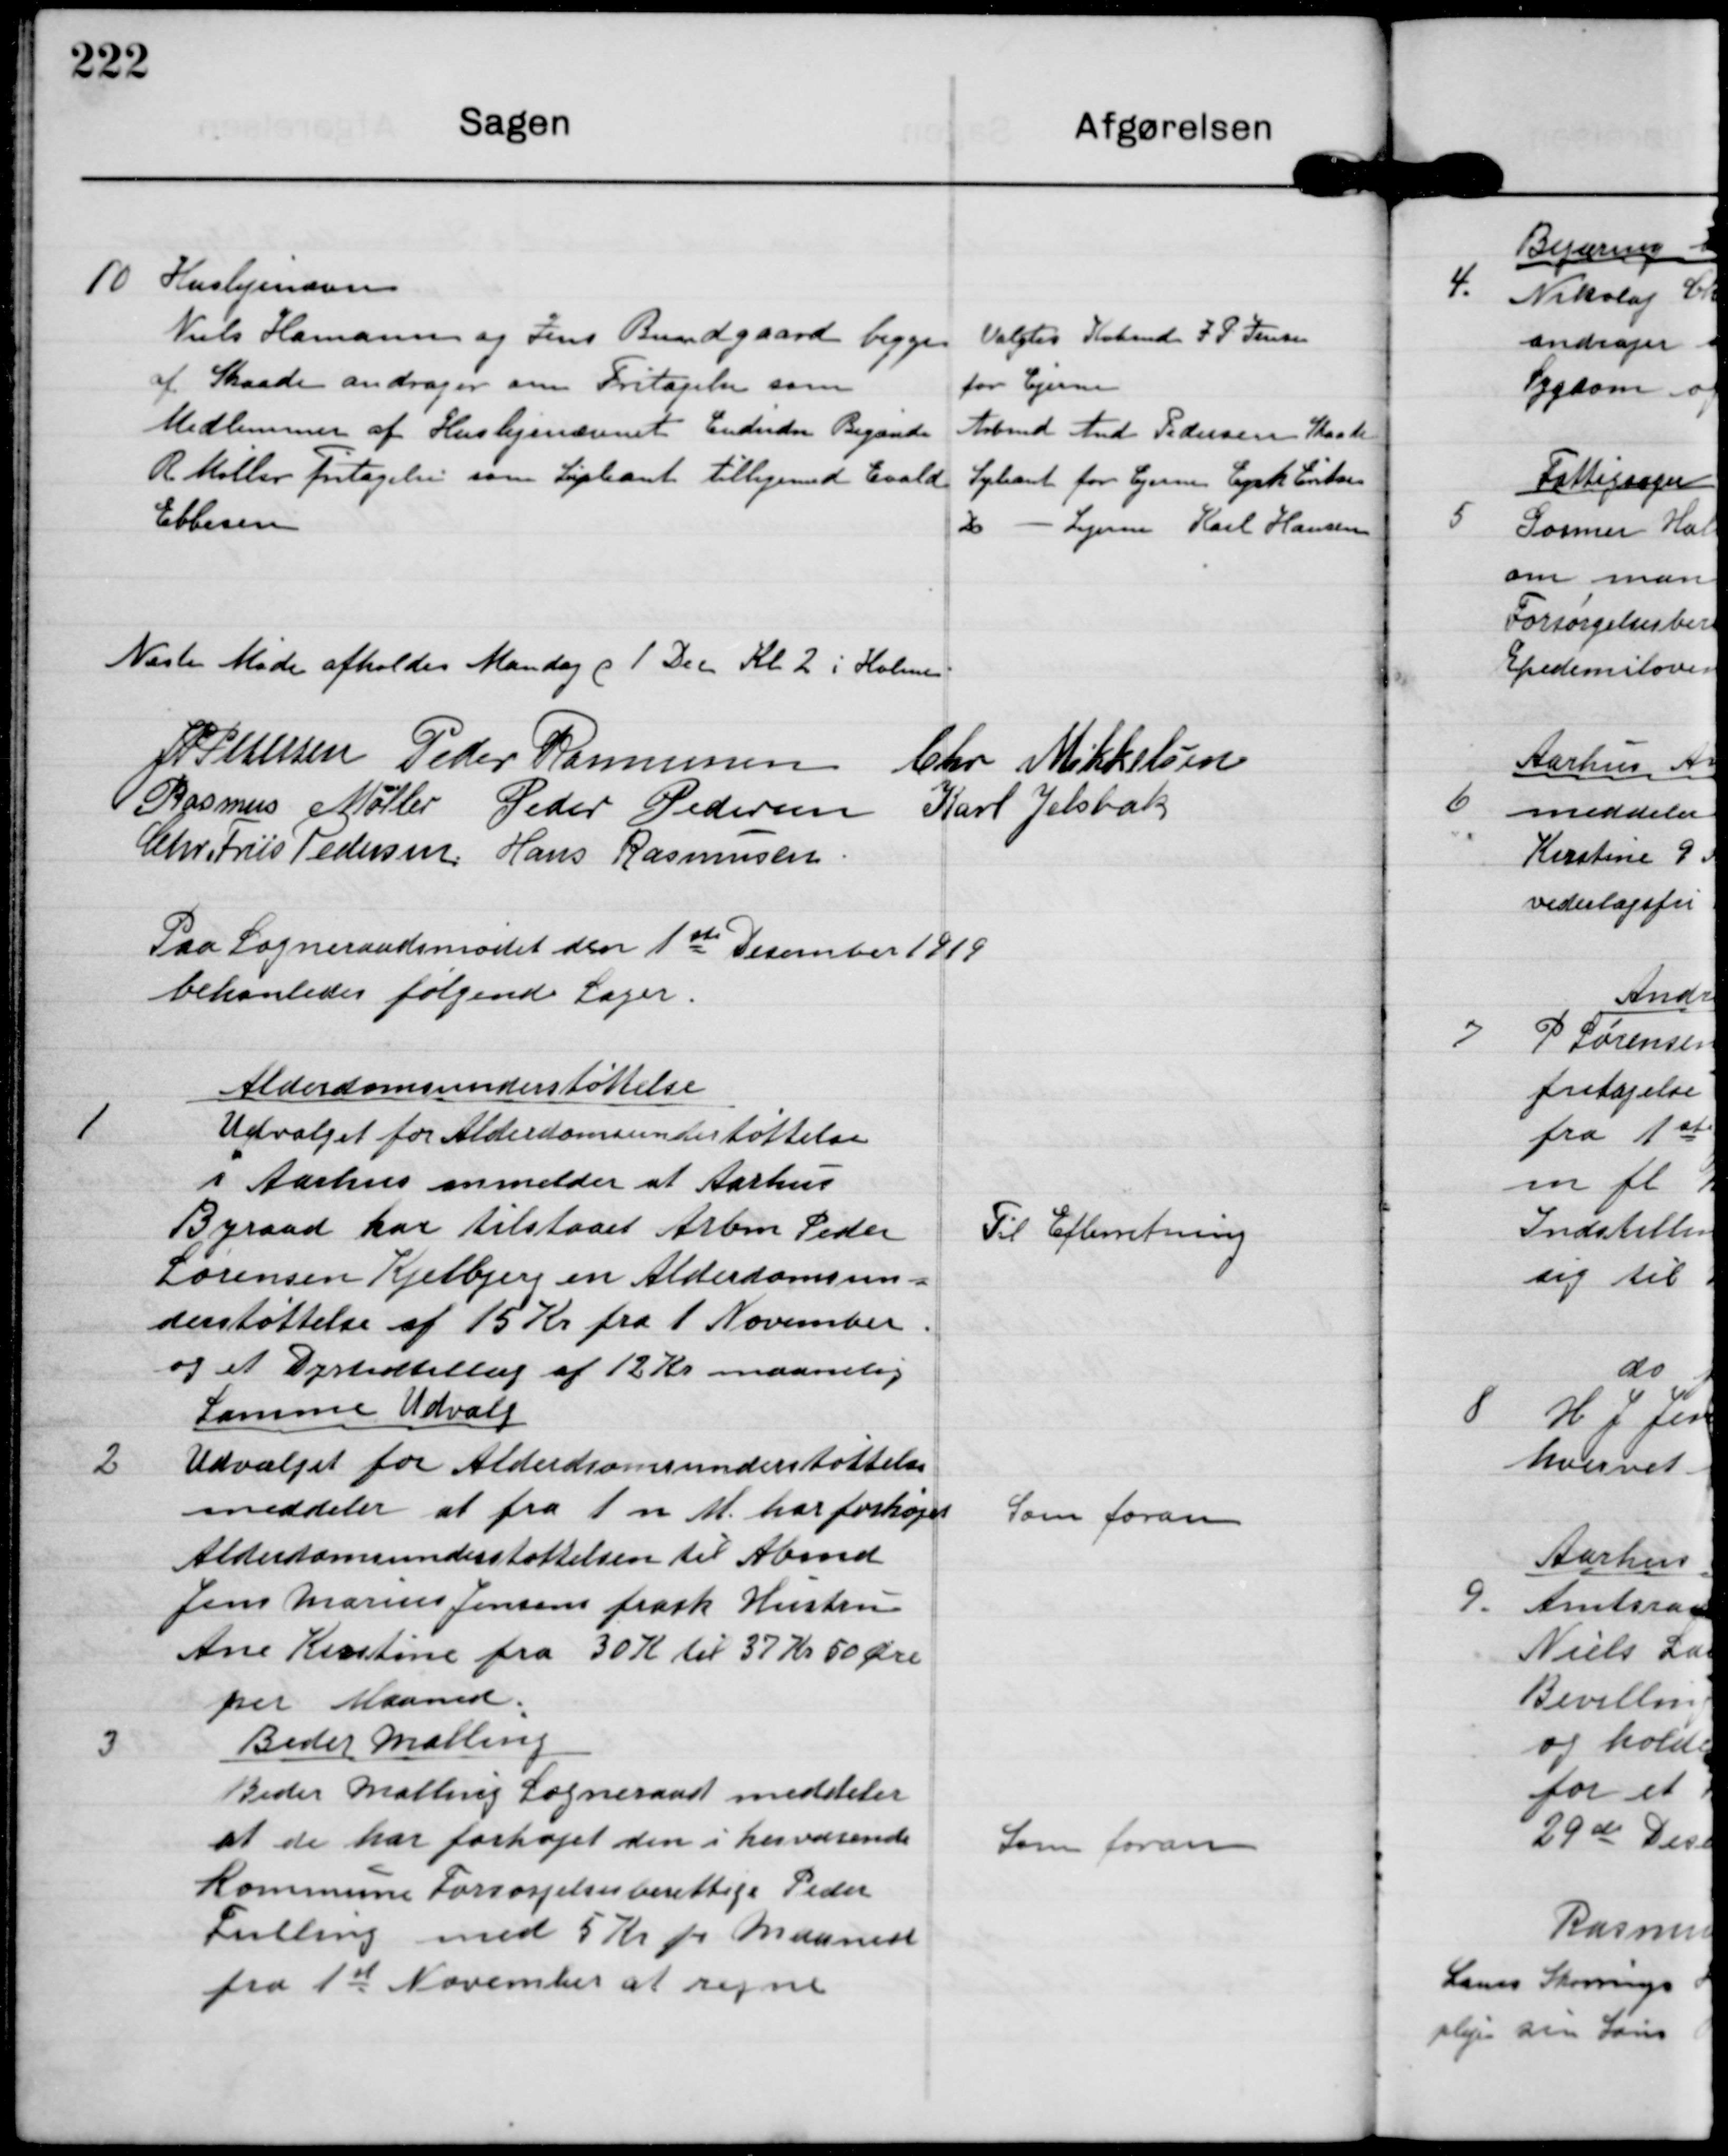
Transskription:
10

Huslejenævn
Niels Hamann og Jens Bundgaad begge
af Skaade andrager om Fritagelse som
Medlemmer af Huslejenævnet. Endvidere Begærer
R Møller fritagelse som Supleant tilligemd Evald
Ebbesen.

Valgtes Købmd J P Jensen 
for Ejerne
Arbmd And Pedersen Skaade
Supleant for Ejerne Erik Eriksen
- Lejerne Karl Hansen

Næste Møde afholdes Mandag d 1 Dec Kl 2 i Holme

J P Pedersen Peder Rasmussen Chr Mikkelsen
Rasmus Møller Peder Pedersen Karl Jelsbak
Chr. Friis Pedersen Hans Rasmussen

Paa Sogneraadsmødet den 1ste Desember 1919
behandledes følgende Sager

1

Alderdomsunderstøttelse
Udvalget for Alderdomsunderstøttelse
i Aarhus anmelder at Aarhus
Byraad har tilstaaet Arbm. Peder
Sørensen Kjelbjerg en Alderdomsun=
derstøttelse af 15 Kr fra 1. November
og et Dyrtidstillæg af 12 Kr maanelig

Til Efterretning

2

Samme Udvalg
Udvalget for Alderdomsunderstøttelse
meddeler at fra 1. n M har forhøjet
Alderdomsunderstøttelsen til Abmd
Jens Marius Jensens frask. Hustru
Ane Kirstine fra 30 K til 37 Kr 50 Øre
per Maaned

Som foran

3

Beder Malling
Beder Malling Sogneraad meddeler
at de har forhøjet den i herværende
Kommune Forsørgelses berettige Peder
Fulling med 5 kr pr Maaned
fra 1st November at regne

Som foran